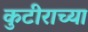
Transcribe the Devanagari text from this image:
कुटीराच्या